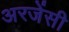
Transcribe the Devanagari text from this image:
अरजेंसी